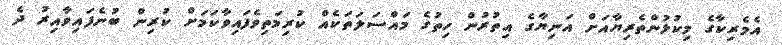
އެމެރިކާގެ މިކުޅުންތެރިޔާއަށް އަނިޔާގެ އިތުރުން ހިތުގެ މައްސަލަތަކެއް ކުރިމަތިވެފައިވާކަމަށް ކުރިން ބުނެފައިވާއިރު ދެ